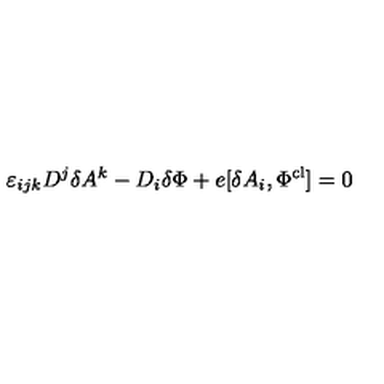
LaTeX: \varepsilon _ { i j k } D ^ { j } \delta A ^ { k } - D _ { i } \delta \Phi + e [ \delta A _ { i } , \Phi ^ { \mathrm { c l } } ] = 0